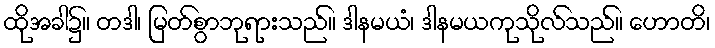
ထိုအခါ၌။ တဒါ၊ မြတ်စွာဘုရားသည်။ ဒါနမယံ၊ ဒါနမယကုသိုလ်သည်။ ဟောတိ၊